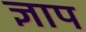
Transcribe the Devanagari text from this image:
ज्ञाप